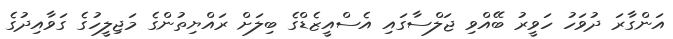
އަންގާރަ ދުވަހު ހަވީރު ބޭއްވި ޖަލްސާގައި އެސްއީޒެޑްގެ ބިލަށް ރައްޔިތުންގެ މަޖިލީހުގެ ގަވާއިދުގެ